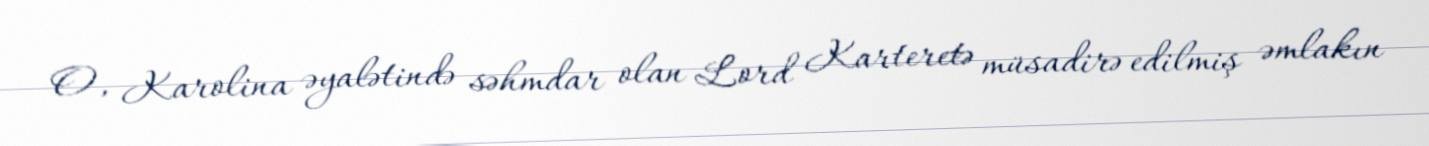
O, Karolina əyalətində səhmdar olan Lord Karteretə müsadirə edilmiş əmlakın